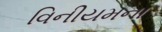
વિનીયમના